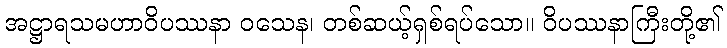
အဋ္ဌာရသမဟာဝိပဿနာ ဝသေန၊ တစ်ဆယ့်ရှစ်ရပ်သော။ ဝိပဿနာကြီးတို့၏